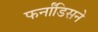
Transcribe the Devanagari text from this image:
फर्नांडिसने